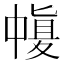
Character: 𠁶